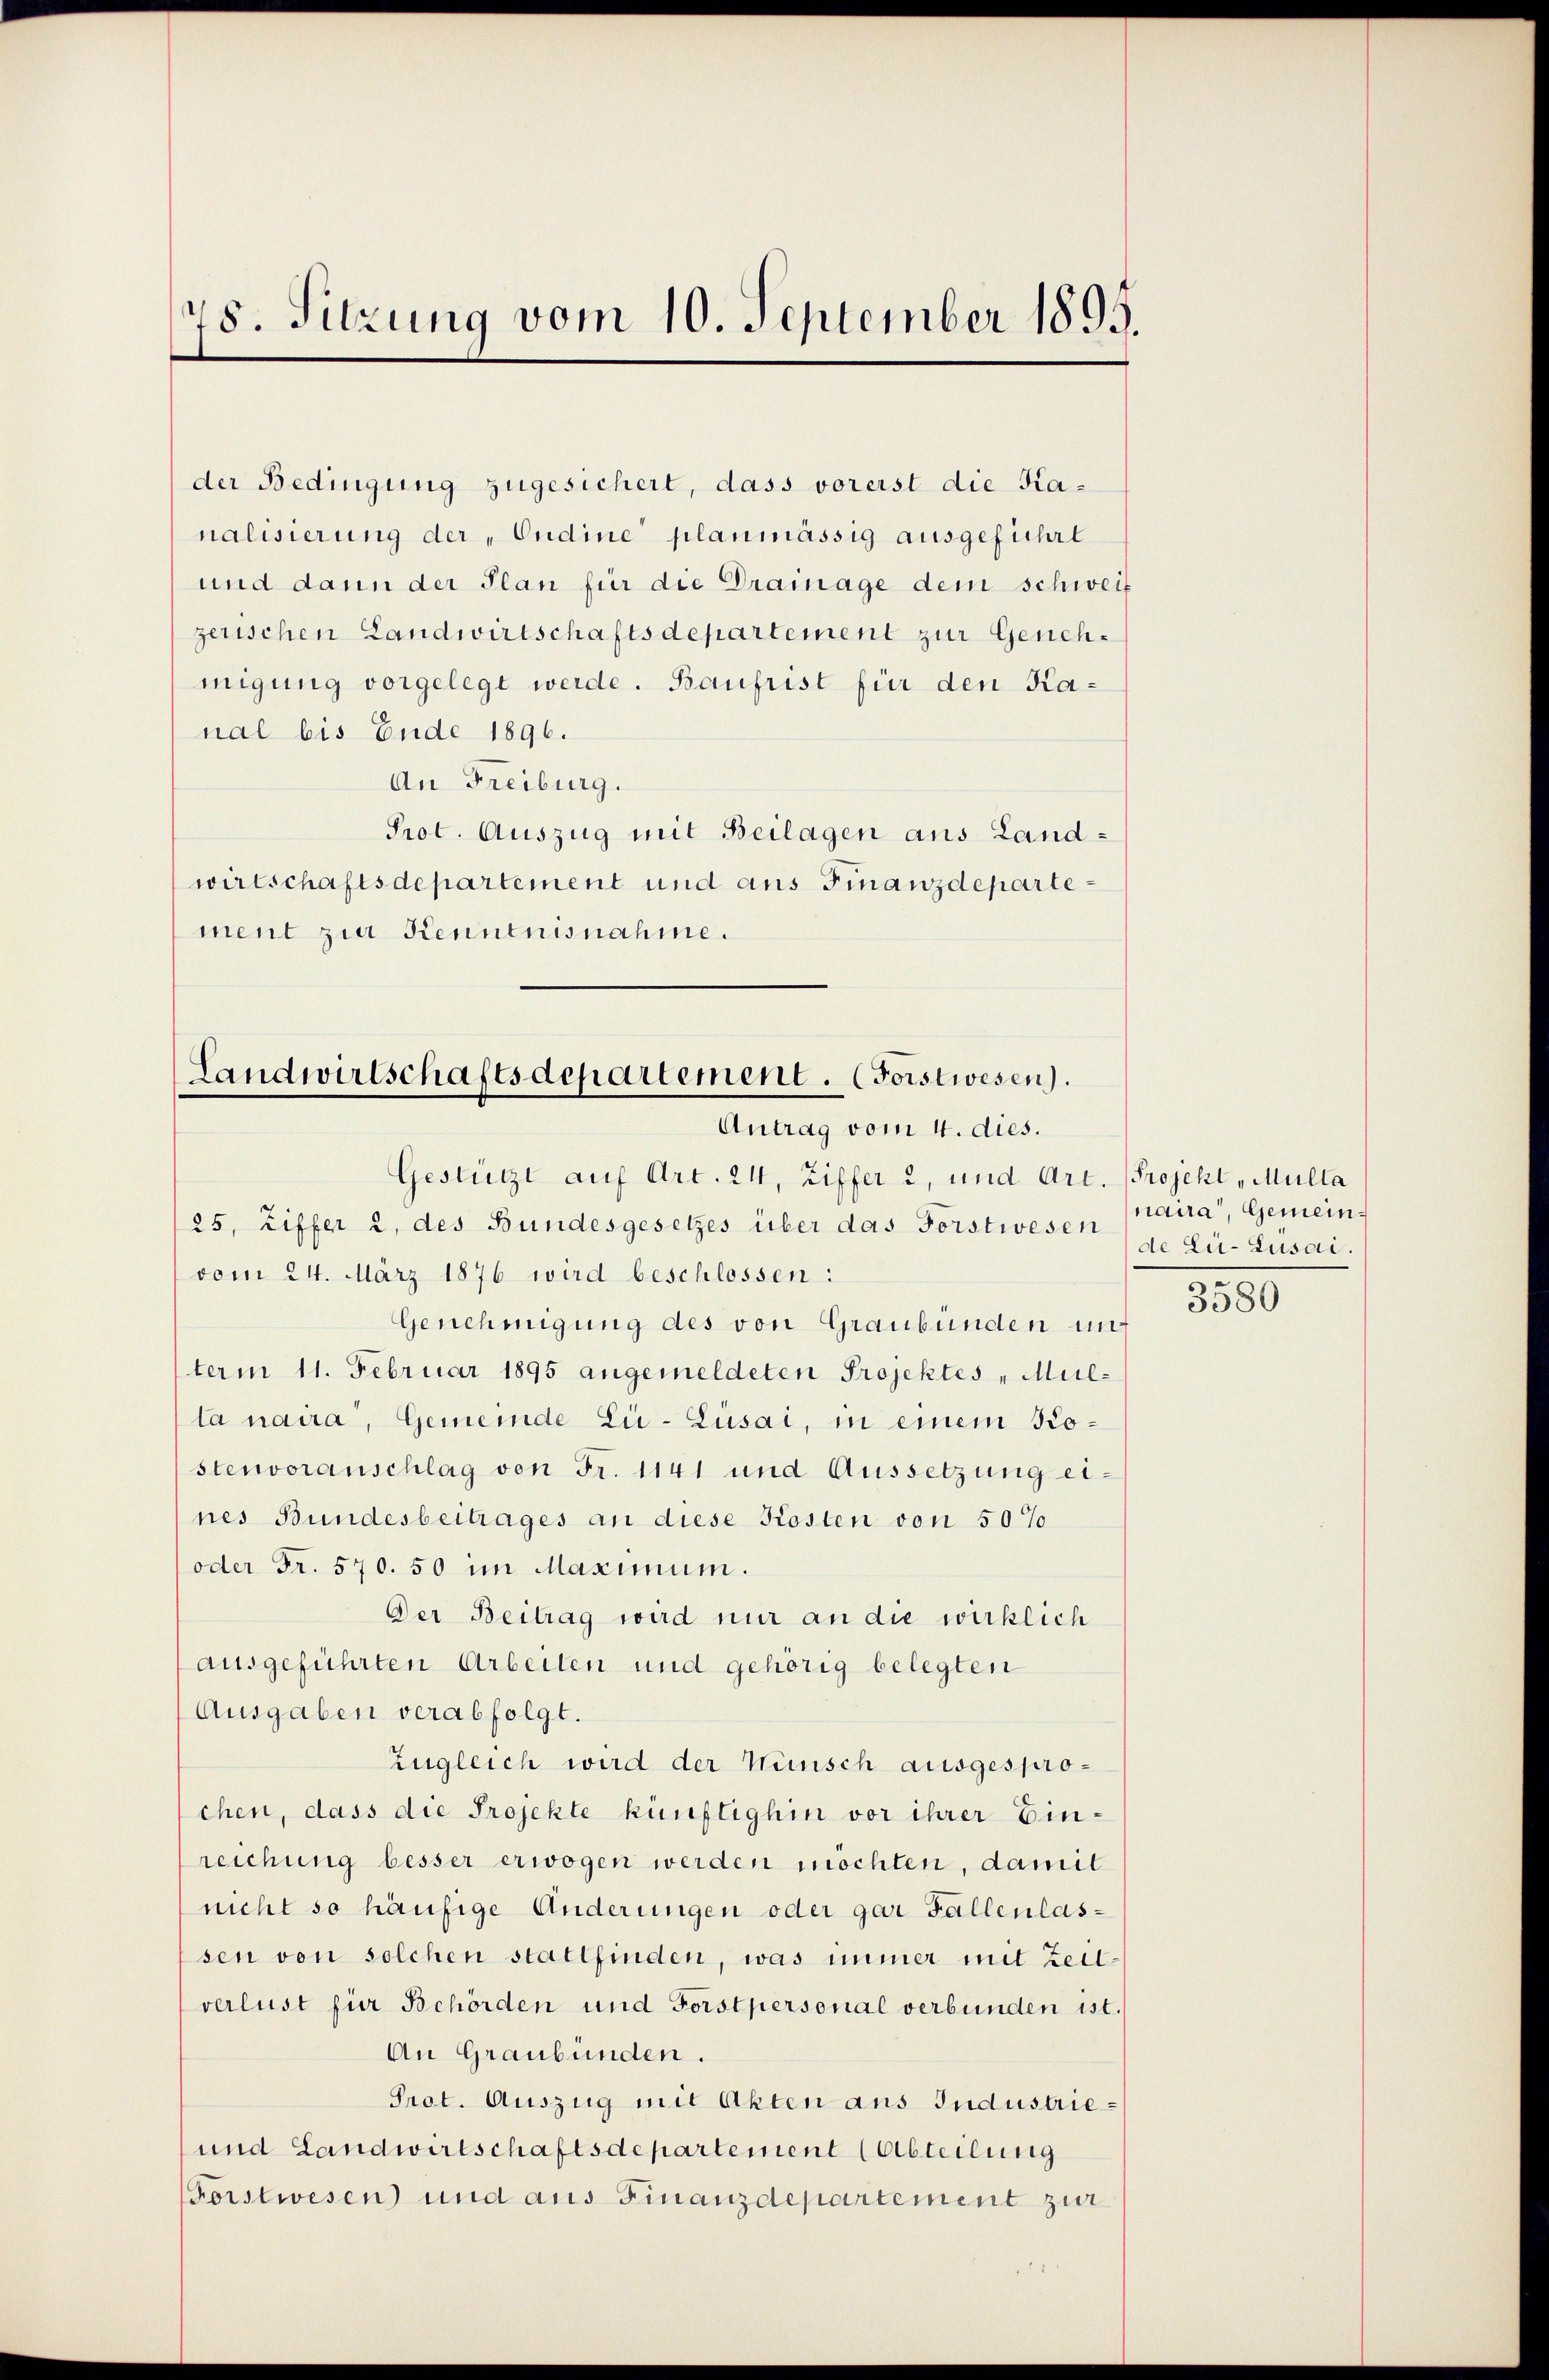
48. Sitzung vom 10. September 1895.

der Bedingung zugesichert, dass vorerst die Kanalisierung der „Oudine planmässig ausgeführt
und dann der Plan für die Drainage dem schweif
zerischen Landwirtschaftsdepartement zur Genehmigung vorgelegt werde. Baufrist für den Kanal bis Ende 1896.
An Freiburg.
Prot. Auszug mit Beilagen aus Landwirtschaftsdepartement und aus Finanzdepartement zur Kenntnisnahme.

Gestützt auf Art. 24, Ziffer 2, und Art. (Projekt „Mulla
25, Ziffer 2, des Bundesgesetzes über das Forstwesen de Lü-Lusai.
vom 24. März 1876 wird beschlossen:
Genehmigung des von Graubünden un
term 11. Februar 1895 angemeldeten Projektes „Mulla naira, Gemeinde Li-Lüsai, in einem Nostenvoranschlag von Fr. 1141 und Aussetzung eines Bundesbeitrages an diese Kosten von 50%
oder Fr. 570. 50 im Maximum.
Der Beitrag wird nur an die wirklich
ausgeführten Arbeiten und gehörig belegten
Ausgaben verabfolgt.
zugleich wird der Wünsch ausgesprochen, dass die Projekte künftighin vor ihrer Einreichung besser erwogen werden möchten, damit
nicht so häufige Änderungen oder gar Fällenlassen von solchen stattfinden, was immer mit Zeit-
verlust für Behörden und Forstpersonal verbunden ist.
An Graubünden.
Prot. Auszug mit Akten aus Industrie¬
und Landwirtschaftsdepartement (Abteilung
Forstwesen und aus Finanzdepartement zur

Landwirtschaftsdepartement. (Forstwesen.
Antrag vom 4. dies.

naira, Gemein¬

3580